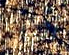
أثبات